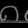
Digit: ၈